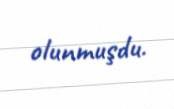
olunmuşdu.